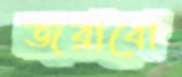
জরাবো